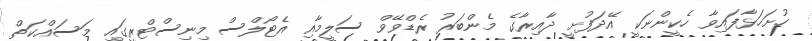
ހުށަހަޅާފައިވާ ހެކީންނަކީ އޭދަފުށީ ދާއިރާގެ މެންބަރު ރެޑްވޭވް ސަލީމާއި އެޓޯލްސް މިނިސްޓްރީގައި މަސައްކަތް